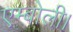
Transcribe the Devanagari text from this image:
एम्बोली।